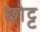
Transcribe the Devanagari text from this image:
छोट्ट